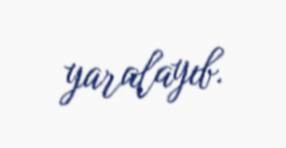
yaralayıb.